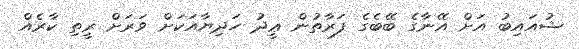
ޝުއައިބު އަށް އޭނާގެ ބޭބެގެ ފަރާތުން ޢީދު ހަދިޔާއަކަށް ވަރަށް ރީތި ކާރެއް